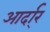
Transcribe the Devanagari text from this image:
आर्दा्र